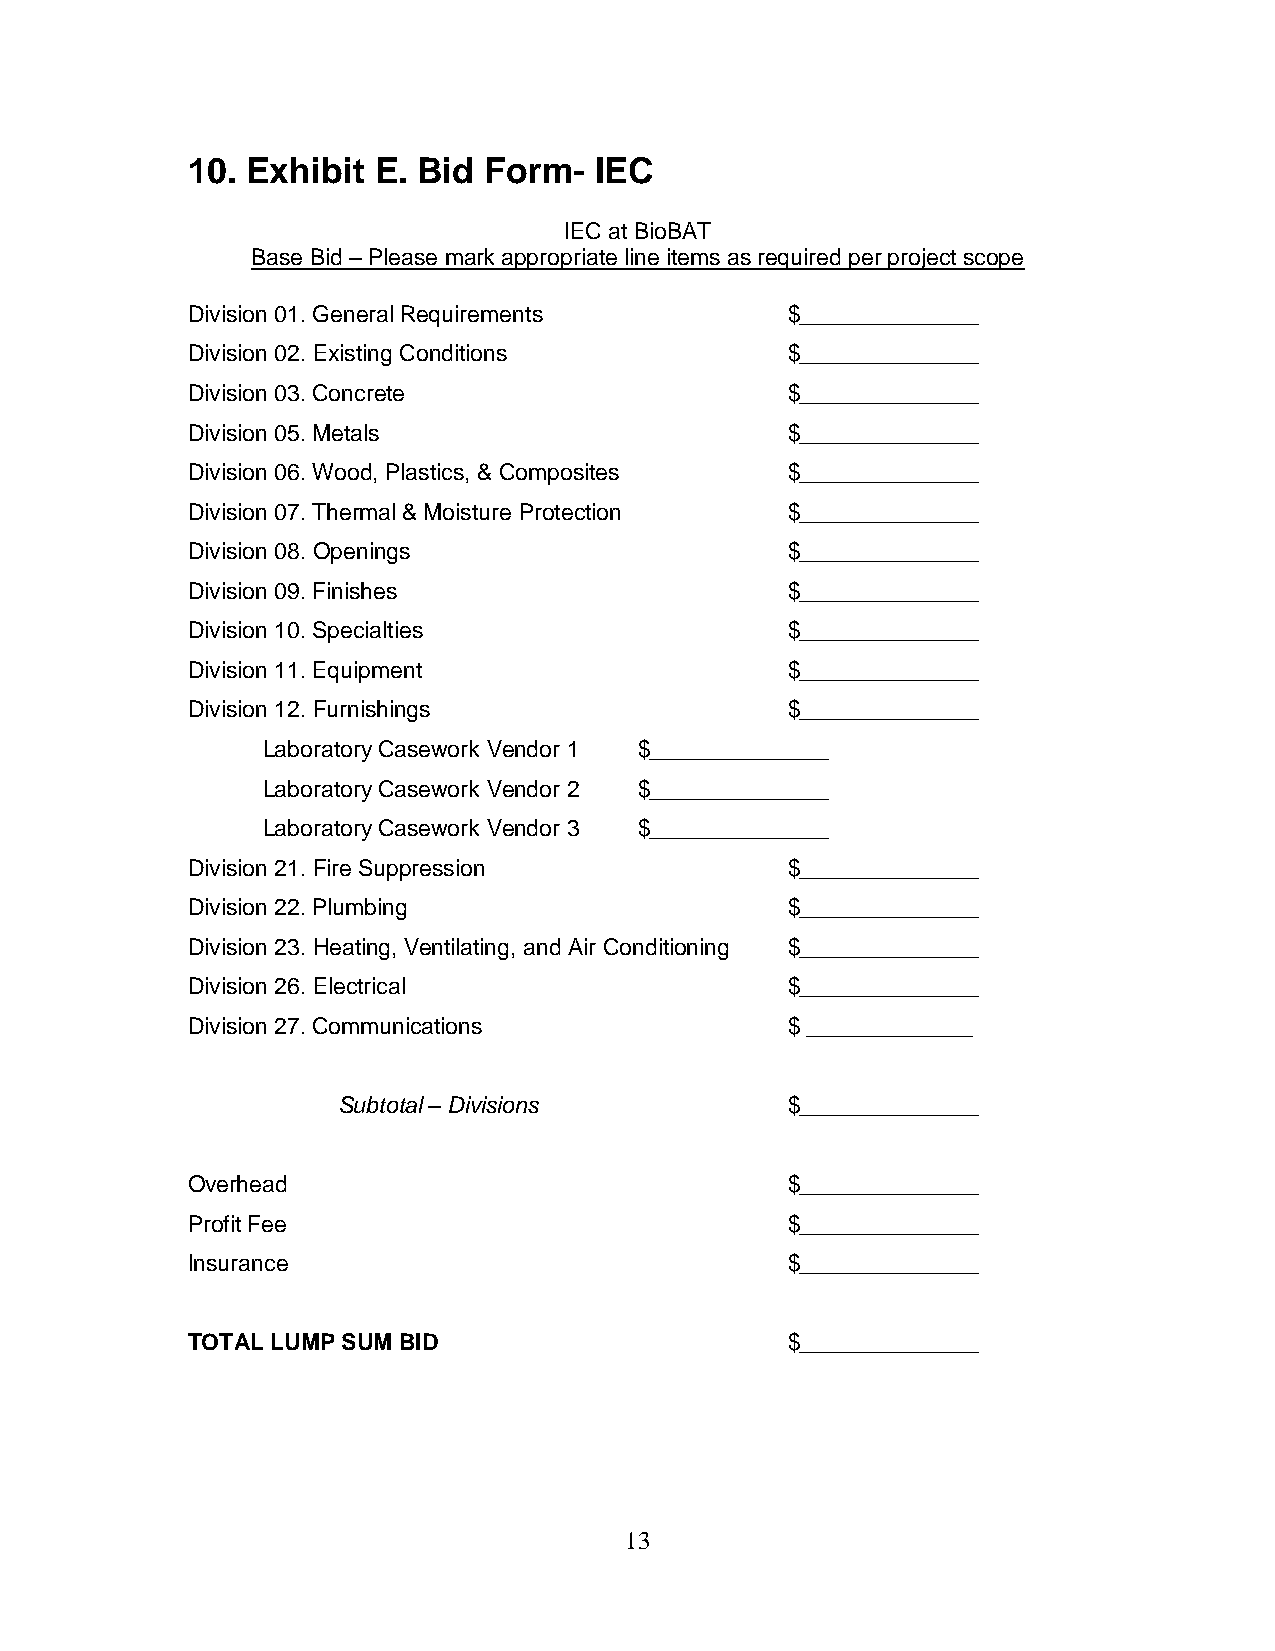
10. Exhibit  E. Bid Form-  IEC
 IEC at BioBAT
 Base Bid – Please mark appropriate line items as required per project scope
 Division 01. General Requirements       $______________
 Division 02. Existing Conditions        $______________
 Division 03. Concrete                   $______________
 Division 05. Metals                     $______________
 Division 06. Wood, Plastics, & Composites $______________
 Division 07. Thermal & Moisture Protection $______________
 Division 08. Openings                   $______________
 Division 09. Finishes                   $______________
 Division 10. Specialties                $______________
 Division 11. Equipment                  $______________
 Division 12. Furnishings                $______________
 Laboratory Casework Vendor 1 $______________
 Laboratory Casework Vendor 2 $______________
 Laboratory Casework Vendor 3 $______________
 Division 21. Fire Suppression           $______________
 Division 22. Plumbing                   $______________
 Division 23. Heating, Ventilating, and Air Conditioning $______________
 Division 26. Electrical                 $______________
 Division 27. Communications             $ _____________
 Subtotal – Divisions          $______________
 Overhead                                $______________
 Profit Fee                              $______________
 Insurance                               $______________
 TOTAL LUMP SUM BID                      $______________
 13